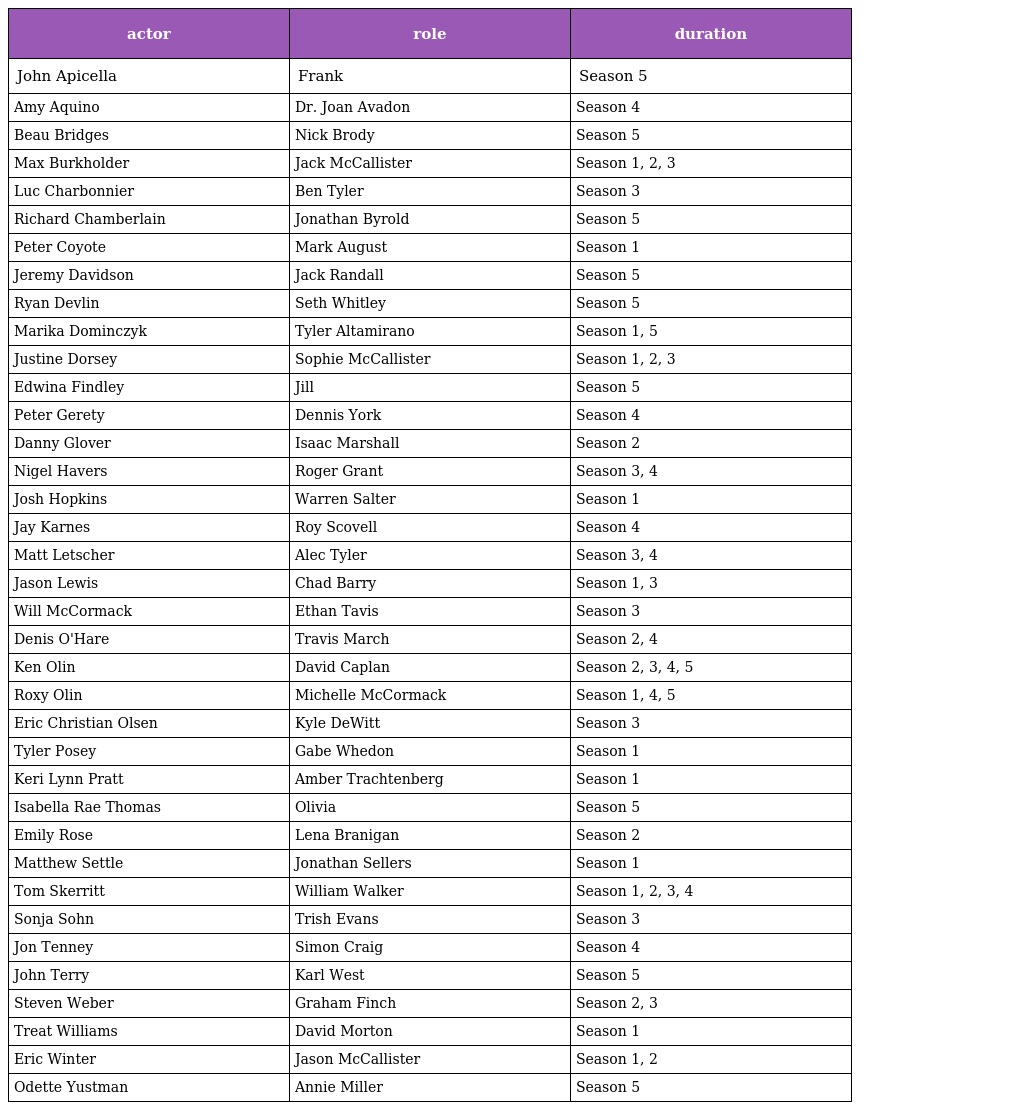
| actor | role | duration |
 | --- | --- | --- |
 | John Apicella | Frank | Season 5 |
 | Amy Aquino | Dr. Joan Avadon | Season 4 |
 | Beau Bridges | Nick Brody | Season 5 |
 | Max Burkholder | Jack McCallister | Season 1, 2, 3 |
 | Luc Charbonnier | Ben Tyler | Season 3 |
 | Richard Chamberlain | Jonathan Byrold | Season 5 |
 | Peter Coyote | Mark August | Season 1 |
 | Jeremy Davidson | Jack Randall | Season 5 |
 | Ryan Devlin | Seth Whitley | Season 5 |
 | Marika Dominczyk | Tyler Altamirano | Season 1, 5 |
 | Justine Dorsey | Sophie McCallister | Season 1, 2, 3 |
 | Edwina Findley | Jill | Season 5 |
 | Peter Gerety | Dennis York | Season 4 |
 | Danny Glover | Isaac Marshall | Season 2 |
 | Nigel Havers | Roger Grant | Season 3, 4 |
 | Josh Hopkins | Warren Salter | Season 1 |
 | Jay Karnes | Roy Scovell | Season 4 |
 | Matt Letscher | Alec Tyler | Season 3, 4 |
 | Jason Lewis | Chad Barry | Season 1, 3 |
 | Will McCormack | Ethan Tavis | Season 3 |
 | Denis O'Hare | Travis March | Season 2, 4 |
 | Ken Olin | David Caplan | Season 2, 3, 4, 5 |
 | Roxy Olin | Michelle McCormack | Season 1, 4, 5 |
 | Eric Christian Olsen | Kyle DeWitt | Season 3 |
 | Tyler Posey | Gabe Whedon | Season 1 |
 | Keri Lynn Pratt | Amber Trachtenberg | Season 1 |
 | Isabella Rae Thomas | Olivia | Season 5 |
 | Emily Rose | Lena Branigan | Season 2 |
 | Matthew Settle | Jonathan Sellers | Season 1 |
 | Tom Skerritt | William Walker | Season 1, 2, 3, 4 |
 | Sonja Sohn | Trish Evans | Season 3 |
 | Jon Tenney | Simon Craig | Season 4 |
 | John Terry | Karl West | Season 5 |
 | Steven Weber | Graham Finch | Season 2, 3 |
 | Treat Williams | David Morton | Season 1 |
 | Eric Winter | Jason McCallister | Season 1, 2 |
 | Odette Yustman | Annie Miller | Season 5 |